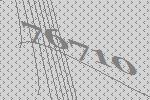
76710